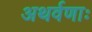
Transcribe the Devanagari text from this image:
अथर्वणाः